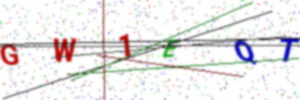
Text: GW1EQT